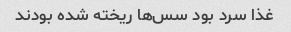
غذا سرد بود سس‌ها ریخته شده بودند